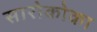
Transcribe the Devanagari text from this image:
सारोकोका